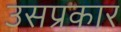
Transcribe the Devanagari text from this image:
उसप्रकार